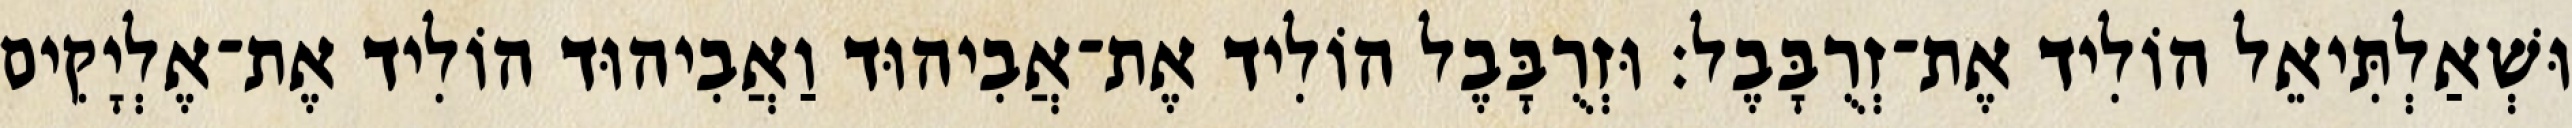
וּשְׁאַלְתִּיאֵל הוֹלִיד אֶת־זְרֻבָּבֶל׃ וּזְרֻבָּבֶל הוֹלִיד אֶת־אֲבִיהוּד וַאֲבִיהוּד הוֹלִיד אֶת־אֶלְיָקִים